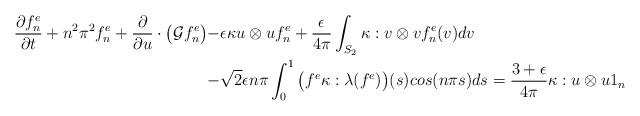
LaTeX: \begin{align*}\dfrac{\partial f_n^e}{\partial t}+n^2\pi^2f_n^e+\dfrac{\partial }{\partial u}\cdot\big(\mathcal{G}f_n^e\big) -&\epsilon \kappa u \otimes u f_n^e+\dfrac{\epsilon }{4\pi}\int_{S_2}\kappa:v \otimes vf_n^e(v) dv\\-&\sqrt{2}\epsilon n\pi \int_0^1 \big(f^e\kappa:\lambda(f^e)\big)(s)cos(n\pi s)ds =\dfrac{3+\epsilon }{4\pi}\kappa:u\otimes u 1_n\end{align*}